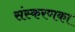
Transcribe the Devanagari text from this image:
संस्‍करणका